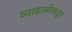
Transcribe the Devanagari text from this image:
व्याहाळीकडून